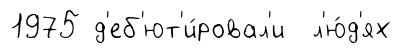
1975 д'еб'ют'и́ровал'и л'ю́д'ях